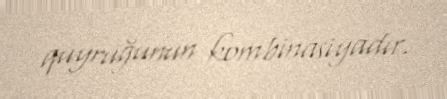
quyruğunun kombinasiyadır.